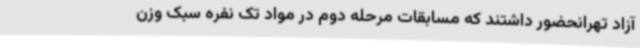
آزاد تهرانحضور داشتند که مسابقات مرحله دوم در مواد تک نفره سبک وزن